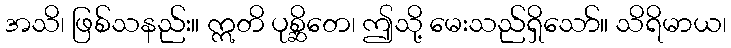
အသိ၊ ဖြစ်သနည်း။ ဣတိ ပုစ္ဆိတေ၊ ဤသို့ မေးသည်ရှိသော်။ သိရိမာယ၊